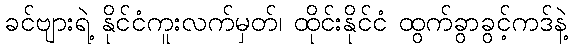
ခင်ဗျားရဲ့ နိုင်ငံကူးလက်မှတ်၊ ထိုင်းနိုင်ငံ ထွက်ခွာခွင့်ကဒ်နဲ့